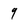
Character: 9